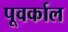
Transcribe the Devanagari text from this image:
पूवर्काल